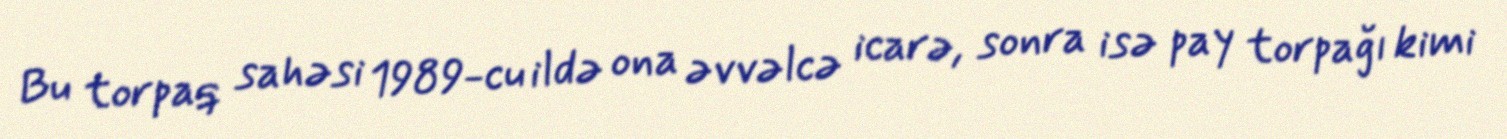
Bu torpaq sahəsi 1989-cu ildə ona əvvəlcə icarə, sonra isə pay torpağı kimi